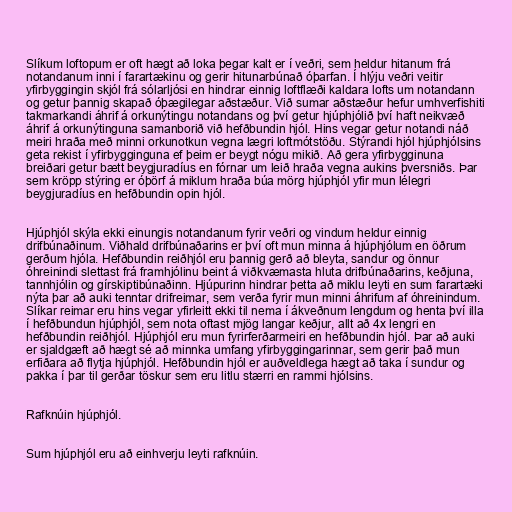
Slíkum loftopum er oft hægt að loka þegar kalt er í veðri, sem heldur hitanum frá
notandanum inni í farartækinu og gerir hitunarbúnað óþarfan. Í hlýju veðri veitir
yfirbyggingin skjól frá sólarljósi en hindrar einnig loftflæði kaldara lofts um notandann
og getur þannig skapað óþægilegar aðstæður. Við sumar aðstæður hefur umhverfishiti
takmarkandi áhrif á orkunýtingu notandans og því getur hjúphjólið því haft neikvæð
áhrif á orkunýtinguna samanborið við hefðbundin hjól. Hins vegar getur notandi náð
meiri hraða með minni orkunotkun vegna lægri loftmótstöðu. Stýrandi hjól hjúphjólsins
geta rekist í yfirbygginguna ef þeim er beygt nógu mikið. Að gera yfirbygginuna
breiðari getur bætt beygjuradíus en fórnar um leið hraða vegna aukins þversniðs. Þar
sem kröpp stýring er óþörf á miklum hraða búa mörg hjúphjól yfir mun lélegri
beygjuradíus en hefðbundin opin hjól.

Hjúphjól skýla ekki einungis notandanum fyrir veðri og vindum heldur einnig
drifbúnaðinum. Viðhald drifbúnaðarins er því oft mun minna á hjúphjólum en öðrum
gerðum hjóla. Hefðbundin reiðhjól eru þannig gerð að bleyta, sandur og önnur
óhreinindi slettast frá framhjólinu beint á viðkvæmasta hluta drifbúnaðarins, keðjuna,
tannhjólin og gírskiptibúnaðinn. Hjúpurinn hindrar þetta að miklu leyti en sum farartæki
nýta þar að auki tenntar drifreimar, sem verða fyrir mun minni áhrifum af óhreinindum.
Slíkar reimar eru hins vegar yfirleitt ekki til nema í ákveðnum lengdum og henta því illa
í hefðbundun hjúphjól, sem nota oftast mjög langar keðjur, allt að 4x lengri en
hefðbundin reiðhjól. Hjúphjól eru mun fyrirferðarmeiri en hefðbundin hjól. Þar að auki
er sjaldgæft að hægt sé að minnka umfang yfirbyggingarinnar, sem gerir það mun
erfiðara að flytja hjúphjól. Hefðbundin hjól er auðveldlega hægt að taka í sundur og
pakka í þar til gerðar töskur sem eru litlu stærri en rammi hjólsins.

Rafknúin hjúphjól.

Sum hjúphjól eru að einhverju leyti rafknúin.